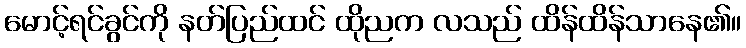
မောင့်ရင်ခွင်ကို နတ်ပြည်ထင် ထိုညက လသည် ထိန်ထိန်သာနေ၏။